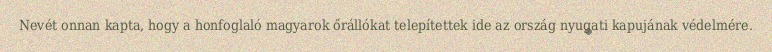
Nevét onnan kapta, hogy a honfoglaló magyarok őrállókat telepítettek ide az ország nyugati kapujának védelmére.